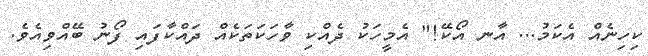
ކިހިނެއް އެކަމު... އާނ އޯކޭ!" އެމީހަކު ދެއްކި ވާހަކަތަކެއް ދައްކާފައި ފޯނު ބޭއްވިއެވެ.